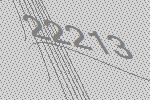
22213